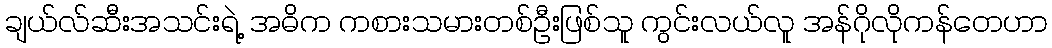
ချယ်လ်ဆီးအသင်းရဲ့ အဓိက ကစားသမားတစ်ဦးဖြစ်သူ ကွင်းလယ်လူ အန်ဂိုလိုကန်တေဟာ